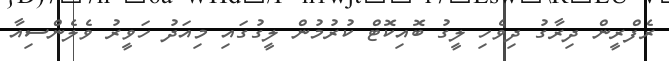
ރެފްރީން ދިރާގު ދިވެހި ލީގު ބޮއިކޮޓް ކުރުމުން ލީގުގައި މިއަދު ހަވީރު ވެލެންސިއާ